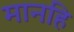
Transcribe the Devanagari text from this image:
मानहि